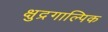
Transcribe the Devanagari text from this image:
क्षुद्रगाल्पिक